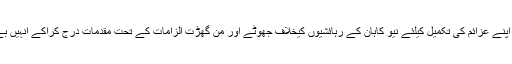
انہوں نے کہا کہ مذکورہ گروپ نے اپنے عزائم کی تکمیل کیلئے نیو کاہان کے رہائشیوں کیخلاف جھوٹے اور من گھڑت الزامات کے تحت مقدمات درج کراکے انہیں بے دخل کرنے کی کوشش کررہا ہے۔